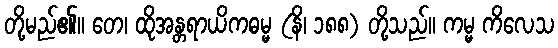
တို့မည်၏။ တေ၊ ထိုအန္တရာယိကဓမ္မ (နိ၊ ၁၈၈) တို့သည်။ ကမ္မ ကိလေသ